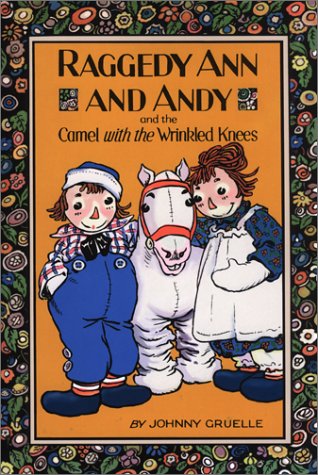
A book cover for Raggedy Ann and Andy and the Camel with the Wrinkled Knees; Johnny Gruelle; Children's Books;